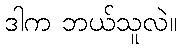
ဒါက ဘယ်သူလဲ။